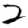
Digit: 2